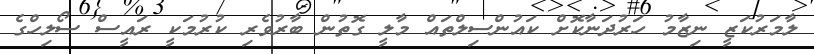
ލާމަރުކަޒީ ނިޒާމު ހަރުދަނާކޮށް ކައުންސިލްތައް މާލީ ގޮތުން ބާރުވެރި ކުރުމަކީ ރައީސް ސޯލިހްގެ